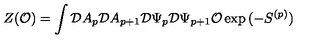
Z ( { \cal O } ) = \int { \cal D } A _ { p } { \cal D } A _ { p + 1 } { \cal D } \Psi _ { p } { \cal D } \Psi _ { p + 1 } { \cal O } \exp { ( - S ^ { ( p ) } ) }